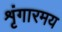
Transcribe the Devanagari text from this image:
शृंगारमय